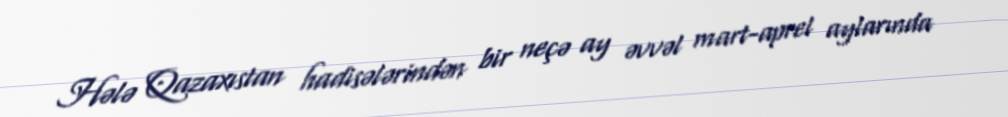
Hələ Qazaxıstan hadisələrindən bir neçə ay əvvəl mart-aprel aylarında